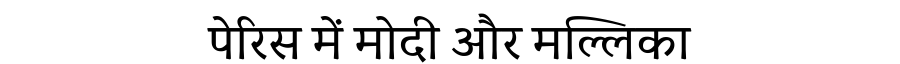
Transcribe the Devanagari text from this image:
पेरिस में मोदी और मल्लिका